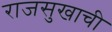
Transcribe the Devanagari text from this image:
राजसुखाची